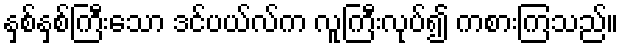
နှစ်နှစ်ကြီးသော ဒင်ပယ်လ်က လူကြီးလုပ်၍ ကစားကြသည်။